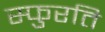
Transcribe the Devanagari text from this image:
स्फुरति